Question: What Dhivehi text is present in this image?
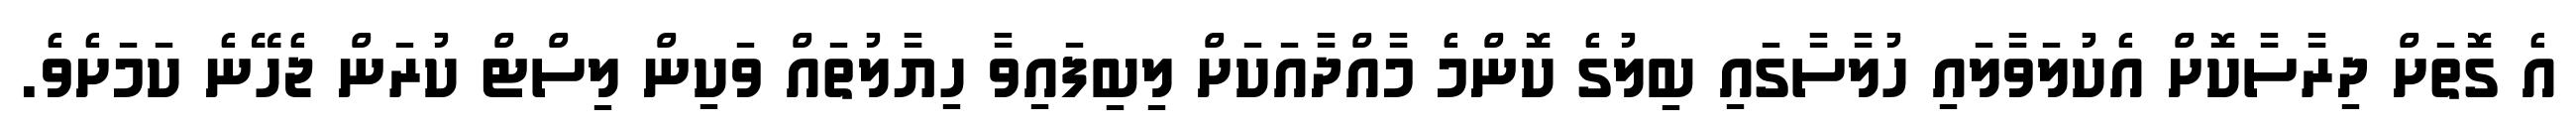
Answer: އެ ގޮތަށް ދިރާސާކޮށް އެކުލަވާލައި ހުލާސާގައި ބިލުގެ ކޮންމެ މާއްދާއަކަށް ލިބިފައިވާ ހިޔާލުތައް ވަކިން ލިސްޓް ކުރަން ޖެހޭނެ ކަމަށެވެ.